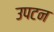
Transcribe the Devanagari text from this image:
उपटन